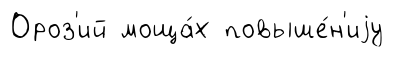
Ороз'ий моща́х повыше́н'иjу